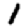
Digit: 1